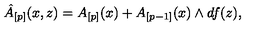
\hat { A } _ { [ p ] } ( x , z ) = A _ { [ p ] } ( x ) + A _ { [ p - 1 ] } ( x ) \wedge d f ( z ) ,